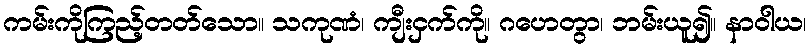
ကမ်းကိုကြည့်တတ်သော။ သကုဏံ၊ ကျီးငှက်ကို။ ဂဟေတွာ၊ ဘမ်းယူ၍။ နာဝါယ၊